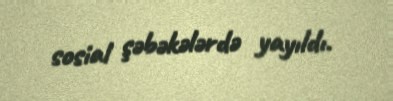
sosial şəbəkələrdə yayıldı.